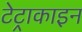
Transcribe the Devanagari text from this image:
टेट्राकाइन